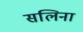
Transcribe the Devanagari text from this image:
सलिना